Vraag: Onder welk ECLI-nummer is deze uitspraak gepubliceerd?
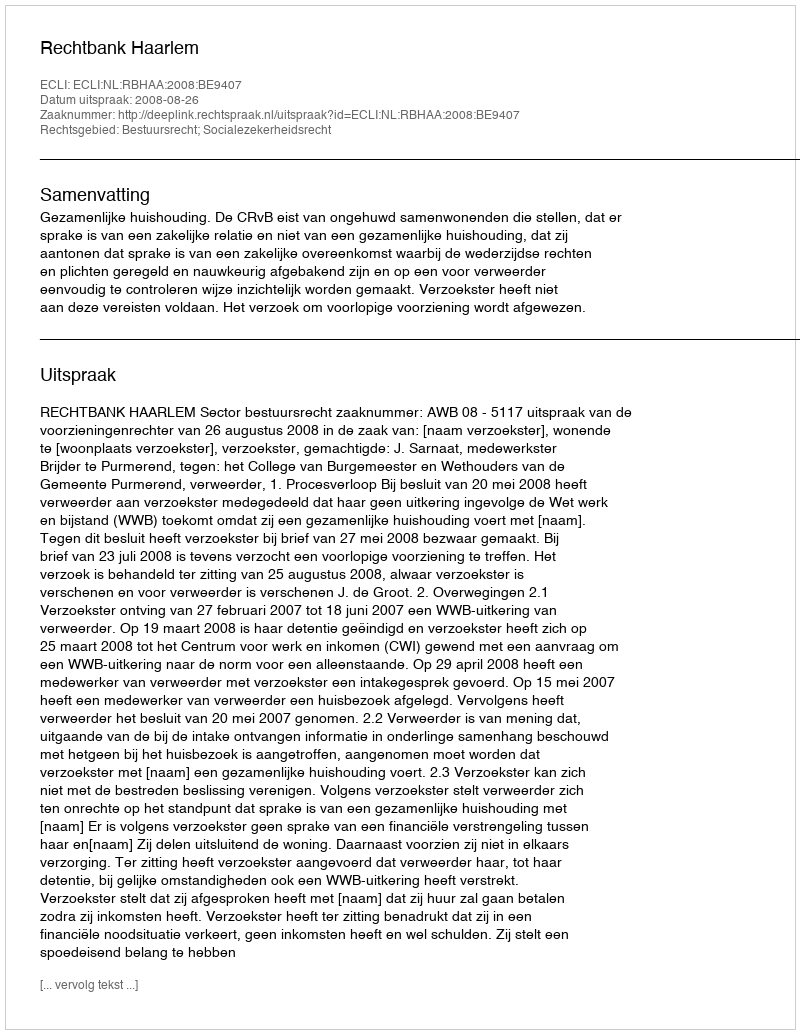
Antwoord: ECLI:NL:RBHAA:2008:BE9407